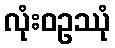
လုံးဝဥဿုံ